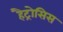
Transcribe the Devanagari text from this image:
हैट्रोसिस